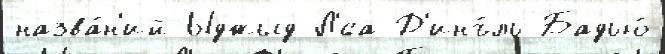
назва́н'ий Ыджыд-Л'́са Д'инъ́ль Бадью́